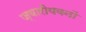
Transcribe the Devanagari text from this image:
ज्वारीयवनों